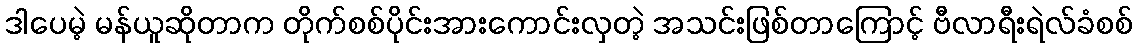
ဒါပေမဲ့ မန်ယူဆိုတာက တိုက်စစ်ပိုင်းအားကောင်းလှတဲ့ အသင်းဖြစ်တာကြောင့် ဗီလာရီးရဲလ်ခံစစ်